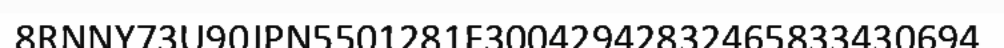
8RNNY73U90JPN5501281F30042942832465833430694